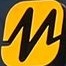
M